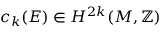
c _ { k } ( E ) \in H ^ { 2 k } ( M , \mathbb { Z } )